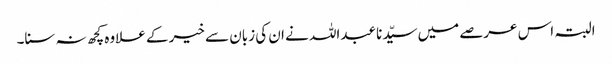
البتہ اس عرصے میں سیّدنا عبداللہ نے ان کی زبان سے خیر کے علاوہ کچھ نہ سنا۔